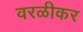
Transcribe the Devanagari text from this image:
वरळीकर